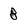
Character: 8